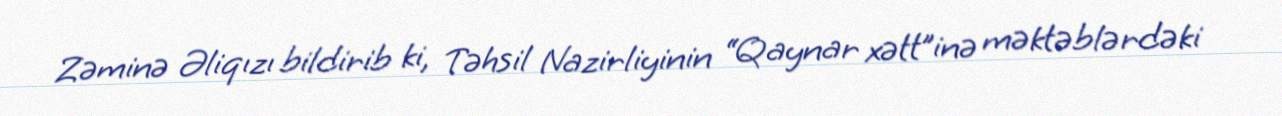
Zəminə Əliqızı bildirib ki, Təhsil Nazirliyinin “Qaynar xətt”inə məktəblərdəki